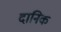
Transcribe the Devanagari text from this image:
दानिक